Lock hospitals Punjab
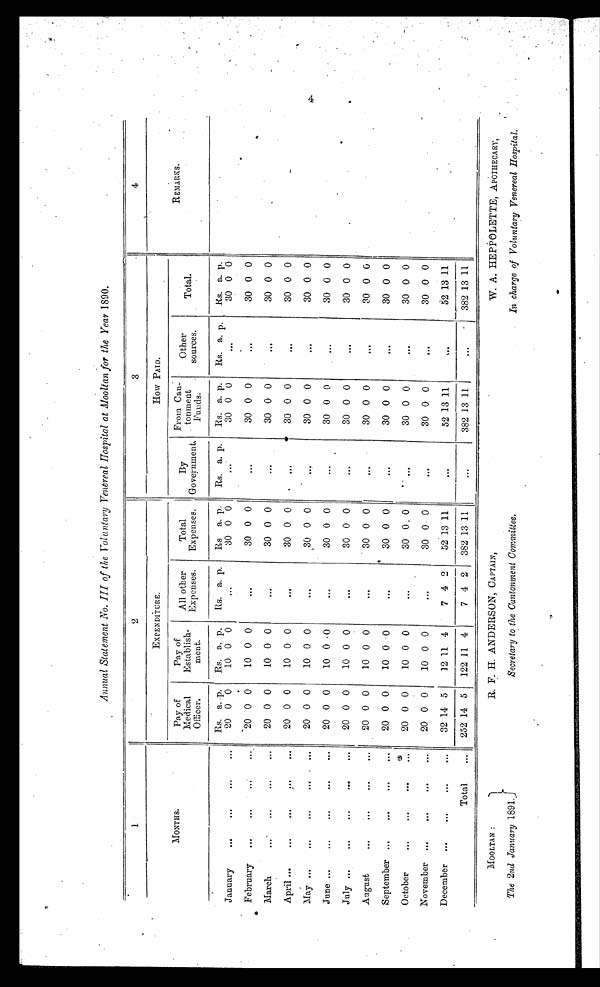
M O O L T A N :
The 2nd January 1891.
R. F. H. ANDERSON, CAPTAIN,
Secretary to the Cantonment Committee,
W. A. HEPPOLETTE, APOTHECARY,
In charge of Voluntary Venereal Hospital.
Annual Statement No. III of the Voluntary Venereal Hospital at Mooltan for the Year 1890.
1
2
3
4
MONTHS.
EXPENDITURE.
How PAID.
R E M A R K S .
Pay of
Medical
Officer.
Pay of
Establish-
ment.
All other
Expenses.
Total
Expenses.
By
Government.
From Can-
tonment
Funds.
Other
sources.
Total.
Rs. a. p.
Rs. a. p.
Rs. a. p.
R s . a. p.
Rs. a. p.
Rs. a. p.
Rs. a. p.
Rs. a. p.
January
...
...
. . .
. . .
20 0 0
10 0 0
. . .
30 0 0
. . .
3 0 0 0
. . . 30 0 0
February
...
. . .
. . .
. . .
20 0 0
10 0 0
...
30 0 0
...
30 0 0
. . . 30 0 0
March
...
. . .
...
. . .
20 0 0
10 0 0
. . .
30 0 0
. . .
30 0 0
...
30 0 0
April ...
. . .
...
. . .
...
20 0 0
10 0 0
. . .
30 0 0
. . .
30 0 0
. . . 30 0 0
May ...
...
. . .
. . .
. . .
20 0 0
10 0 0
. . .
30 0 0
. . .
30 0 0
. . . 30 0 0
June
. . .
. . .
. . .
. . .
20 0 0
10 0 0
...
30 0 0
. . .
30 0 0
...
30 0 0
July ...
. . .
. . .
. . .
. . .
20 0 0
10 0 0
. . .
30 0 0
...
30 0 0
. . . 30 0 0
August
. . .
...
...
. . .
20 0 0
10 0 0
. . .
30 0 0
...
30 0 0
. . . 30 0 0
September ...
. . .
. . .
. . .
20 0 0
10 0 0
...
30 0 0
...
30 0 0
...
30 0 0
October
. . .
...
. . .
. . .
20 0 0
10 0 0
. . .
30 0 0
. . .
30 0 0
. . . 30 0 0
November ...
. . .
. . .
. . .
20 0 0
10 0 0
. . .
30 0 0
...
30 0 0
...
30 0 0
December ...
. . .
. . .
. . .
32 14 5
12 11 4
7 4 2
52 13 11
. . .
52 13 11
. . . 52 13 11
Total
. . .
252 14 5
122 11 4
7 4 2
382 13 11
...
382 13 11
... 382 13 11